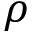
\rho